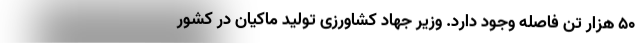
۵۰ هزار تن فاصله وجود دارد. وزیر جهاد کشاورزی تولید ماکیان در کشور